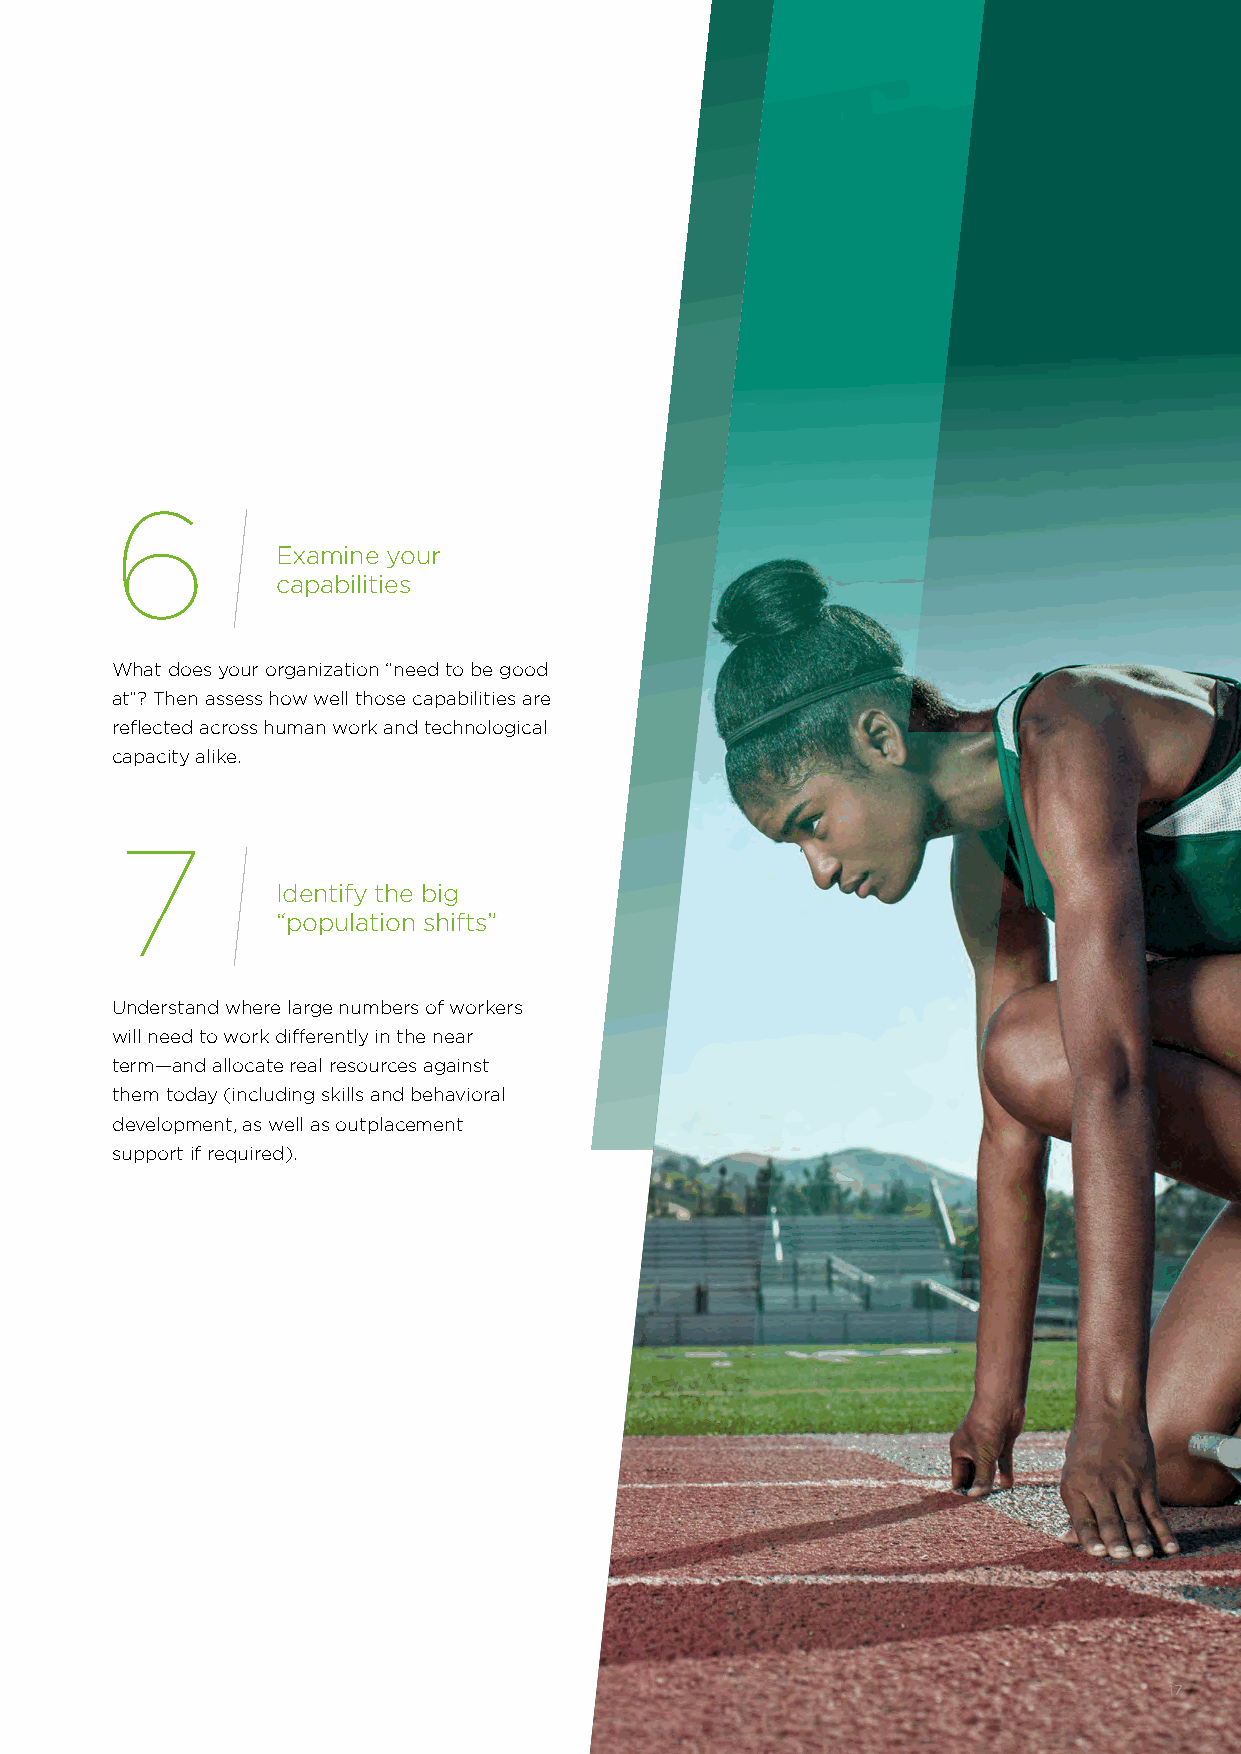
6
 Examine your
 capabilities
 What does your organization “need to be good
 at”? Then assess how well those capabilities are
 reflected across human work and technological
 capacity alike.
 7
 Identify the big
 “population shifts”
 Understand where large numbers of workers
 will need to work differently in the near
 term—and allocate real resources against
 them today (including skills and behavioral
 development, as well as outplacement
 support if required).
 17